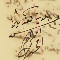
رىس بلدية كفرشيما ابراهىم الخىاط